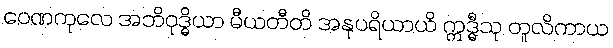
ဝေဏကုလေ အဘိဝုဒ္ဓိယာ မီယတီတိ အနုပရိယာယိ ဣဒ္ဓီသု တူလိကာယ